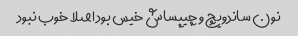
نون ساندویچ و چیپساش خیس بود اصلا خوب نبود